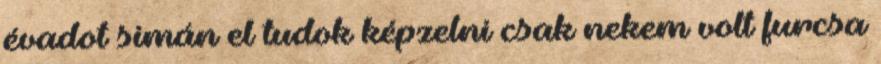
évadot simán el tudok képzelni csak nekem volt furcsa